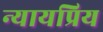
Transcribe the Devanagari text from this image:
न्‍यायप्रिय